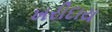
ખરીદાય